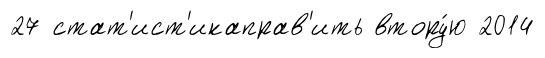
27 стат'ист'икаправ'ить втору́ю 2014